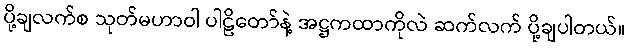
ပို့ချလက်စ သုတ်မဟာဝါ ပါဠိတော်နဲ့ အဋ္ဌကထာကိုလဲ ဆက်လက် ပို့ချပါတယ်။